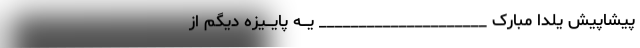
پیشاپیش یلدا مبارک _____________________ یـــه پایـــیزه دیگم از